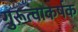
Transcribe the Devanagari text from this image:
गुरूत्वाकर्षक